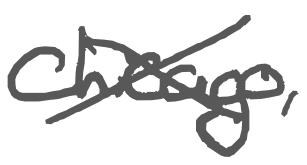
Text: Chicago,
Cross-out: cross
Writing tool: digital_gray